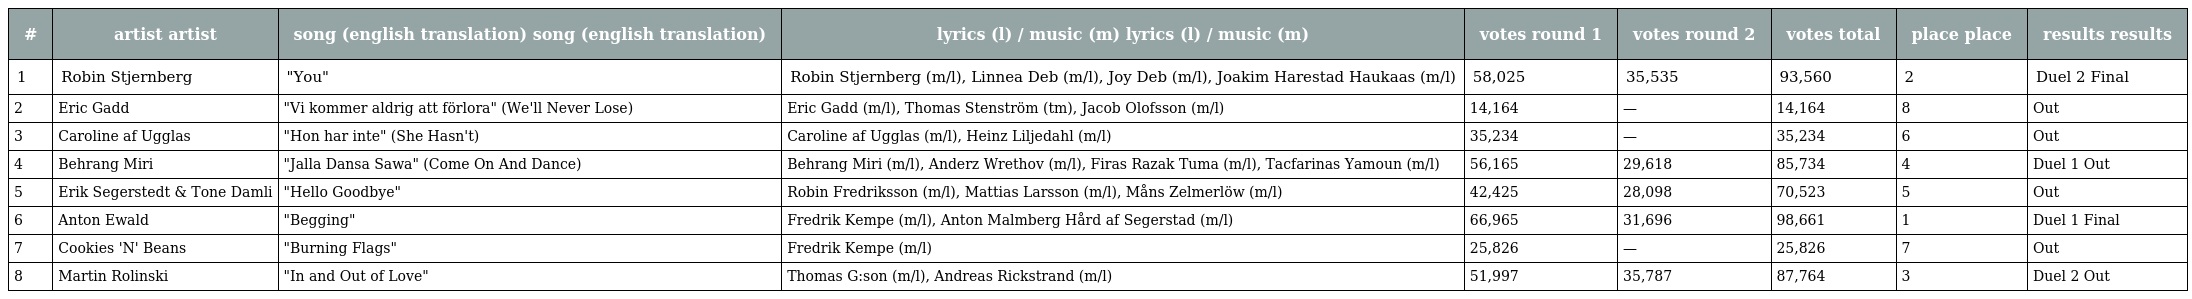
| # | artist artist | song (english translation) song (english translation) | lyrics (l) / music (m) lyrics (l) / music (m) | votes round 1 | votes round 2 | votes total | place place | results results |
 | --- | --- | --- | --- | --- | --- | --- | --- | --- |
 | 1 | Robin Stjernberg | "You" | Robin Stjernberg (m/l), Linnea Deb (m/l), Joy Deb (m/l), Joakim Harestad Haukaas (m/l) | 58,025 | 35,535 | 93,560 | 2 | Duel 2 Final |
 | 2 | Eric Gadd | "Vi kommer aldrig att förlora" (We'll Never Lose) | Eric Gadd (m/l), Thomas Stenström (tm), Jacob Olofsson (m/l) | 14,164 | — | 14,164 | 8 | Out |
 | 3 | Caroline af Ugglas | "Hon har inte" (She Hasn't) | Caroline af Ugglas (m/l), Heinz Liljedahl (m/l) | 35,234 | — | 35,234 | 6 | Out |
 | 4 | Behrang Miri | "Jalla Dansa Sawa" (Come On And Dance) | Behrang Miri (m/l), Anderz Wrethov (m/l), Firas Razak Tuma (m/l), Tacfarinas Yamoun (m/l) | 56,165 | 29,618 | 85,734 | 4 | Duel 1 Out |
 | 5 | Erik Segerstedt & Tone Damli | "Hello Goodbye" | Robin Fredriksson (m/l), Mattias Larsson (m/l), Måns Zelmerlöw (m/l) | 42,425 | 28,098 | 70,523 | 5 | Out |
 | 6 | Anton Ewald | "Begging" | Fredrik Kempe (m/l), Anton Malmberg Hård af Segerstad (m/l) | 66,965 | 31,696 | 98,661 | 1 | Duel 1 Final |
 | 7 | Cookies 'N' Beans | "Burning Flags" | Fredrik Kempe (m/l) | 25,826 | — | 25,826 | 7 | Out |
 | 8 | Martin Rolinski | "In and Out of Love" | Thomas G:son (m/l), Andreas Rickstrand (m/l) | 51,997 | 35,787 | 87,764 | 3 | Duel 2 Out |